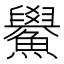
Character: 𫚃